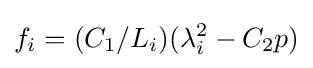
f_{i}=(C_{1}/L_{i})(\lambda _{i}^{2}-C_{2}p)